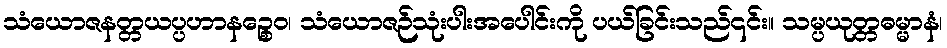
သံယောဇနတ္တယပ္ပဟာနဉ္စေဝ၊ သံယောဇဉ်သုံးပါးအပေါင်းကို ပယ်ခြင်းသည်၎င်း။ သမ္ပယုတ္တဓမ္မာနံ၊